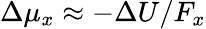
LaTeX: \begin{array}{r}{\Delta\mu_{x}\approx-\Delta U/F_{x}}\end{array}